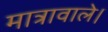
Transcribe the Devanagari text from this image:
मात्रावाले।